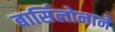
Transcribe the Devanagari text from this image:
बार्सिलोनाने